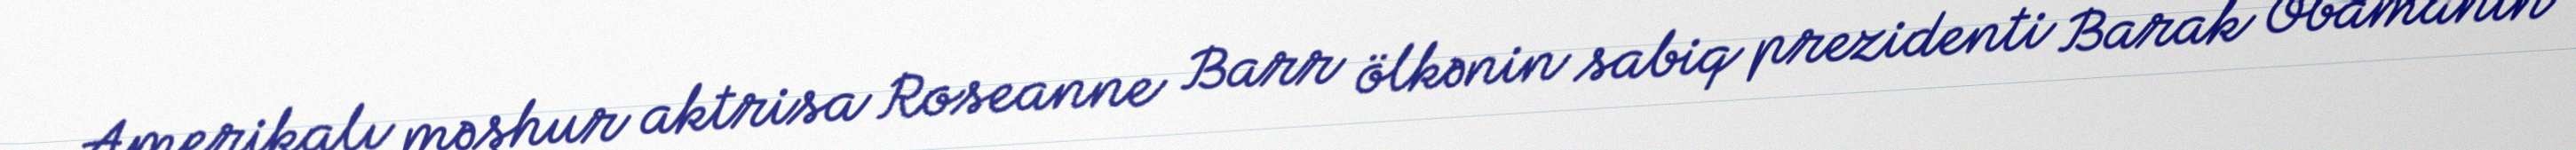
Amerikalı məşhur aktrisa Roseanne Barr ölkənin sabiq prezidenti Barak Obamanın